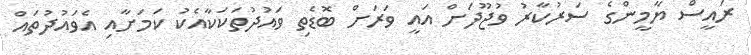
ރައީސް ޔާމީންގެ ސަރުކާރު ވުޖޫދަށް އައީ ވަރަށް ބޮޑެތި ވައުދުތަކަކާއެކު ކަމަށާއި އެވައުދުތައް